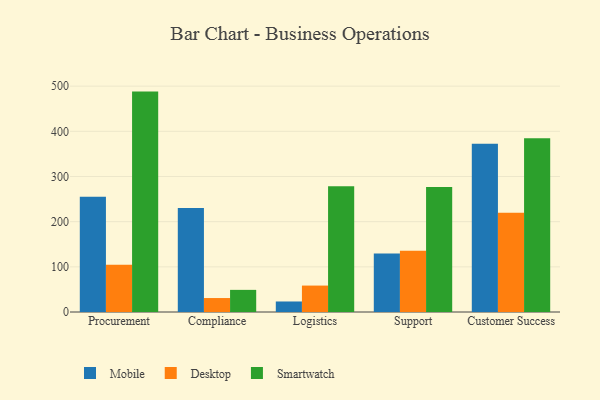
{"axis": {"x": "Department", "y": "Page Views"}, "legend": ["Desktop", "Mobile", "Smartwatch"], "data": [{"x": "Procurement", "y": 255.3, "type": "Mobile"}, {"x": "Procurement", "y": 104.5, "type": "Desktop"}, {"x": "Procurement", "y": 488.0, "type": "Smartwatch"}, {"x": "Compliance", "y": 230.0, "type": "Mobile"}, {"x": "Compliance", "y": 30.9, "type": "Desktop"}, {"x": "Compliance", "y": 49.0, "type": "Smartwatch"}, {"x": "Logistics", "y": 23.3, "type": "Mobile"}, {"x": "Logistics", "y": 58.5, "type": "Desktop"}, {"x": "Logistics", "y": 278.6, "type": "Smartwatch"}, {"x": "Support", "y": 129.4, "type": "Mobile"}, {"x": "Support", "y": 135.4, "type": "Desktop"}, {"x": "Support", "y": 276.6, "type": "Smartwatch"}, {"x": "Customer Success", "y": 372.7, "type": "Mobile"}, {"x": "Customer Success", "y": 219.7, "type": "Desktop"}, {"x": "Customer Success", "y": 384.8, "type": "Smartwatch"}]}